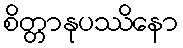
စိတ္တာနုပဿိနော